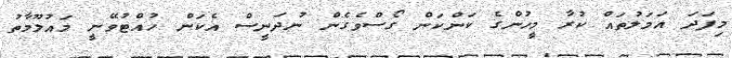
މިފަދަ އަމަލުތައް ކުރާ މީހުންގެ ކަންކަން ގޯސްވެގެން ނުދަނީސް އެކަން ހުއްޓުވޭނީ މައުލޫމާތު